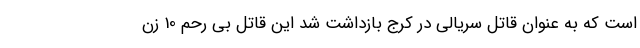
است که به عنوان قاتل سریالی در کرج بازداشت شد این قاتل بی رحم 10 زن